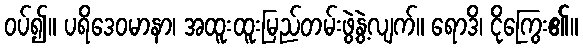
ဝပ်၍။ ပရိဒေဝမာနာ၊ အထူးထူးမြည်တမ်းဖွဲ့နွဲ့လျက်။ ရောဒိ၊ ငိုကြွေး၏။